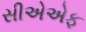
સીએએફ